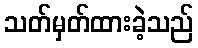
သတ်မှတ်ထားခဲ့သည်